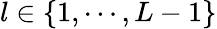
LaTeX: l\in\{ 1,\cdots,L-1\}